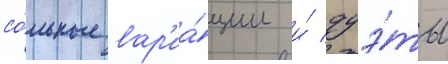
со́льные вар'иа́ции и́ дуэ́ты